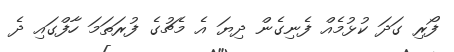
ފޯރި ގަދަ ކުޅުމެއް ފެނިގެން ދިޔަ އެ މެޗުގެ ފުރަތަމަ ހާފްގައި ދެ